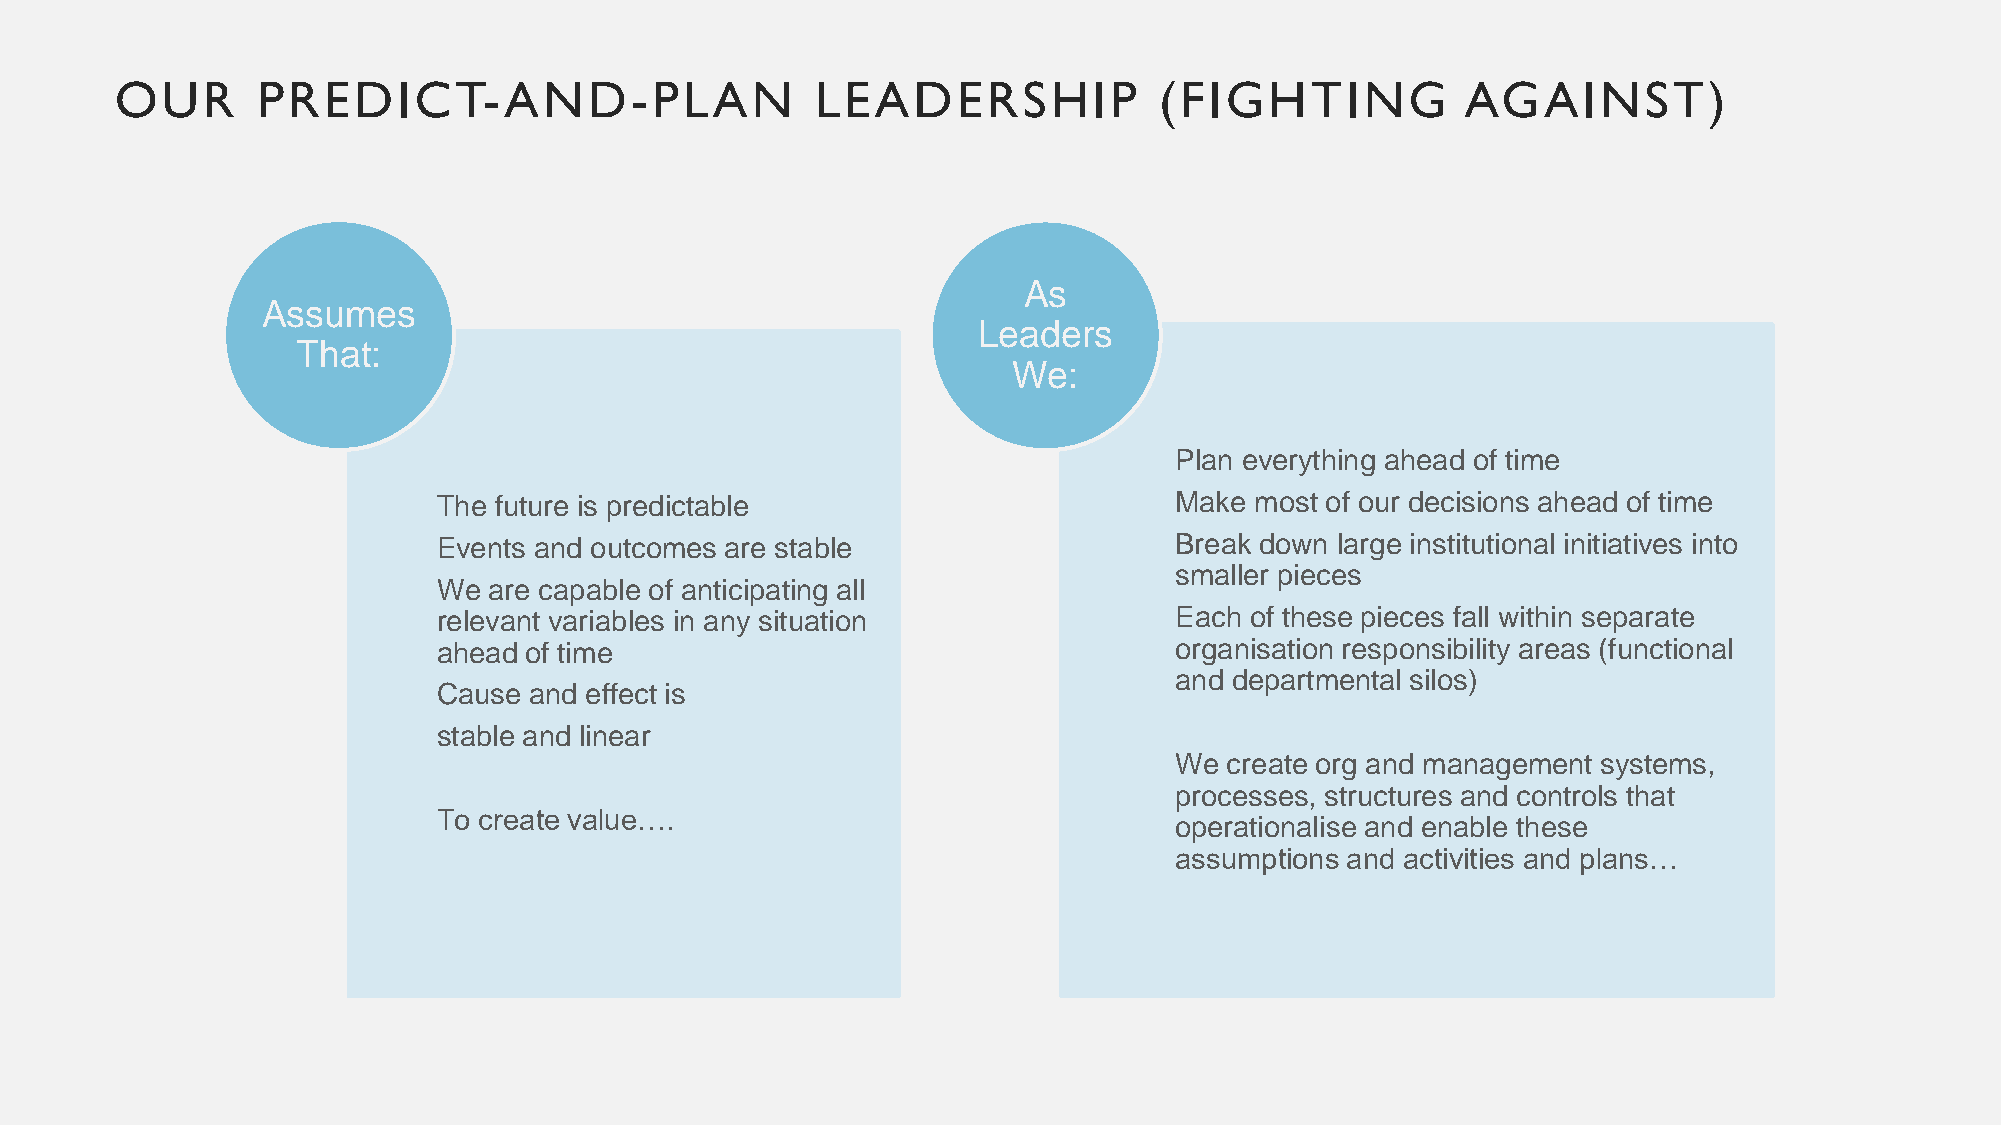
OUR      PREDICT-AND-PLAN                     LEADERSHIP             (FIGHTING           AGAINST)
 As
 Assumes
 Leaders
 That:
 We:
 Plan everything ahead of time
 The future is predictable                        Make most of our decisions ahead of time
 Events and outcomes are stable                   Break down large institutional initiatives into
 smaller pieces
 We are capable of anticipating all
 relevant variables in any situation              Each of these pieces fall within separate
 ahead of time                                    organisation responsibility areas (functional
 and departmental silos)
 Cause and effect is
 stable and linear
 We create org and management systems,
 processes, structures and controls that
 To create value….
 operationalise and enable these
 assumptions and activities and plans…
 9